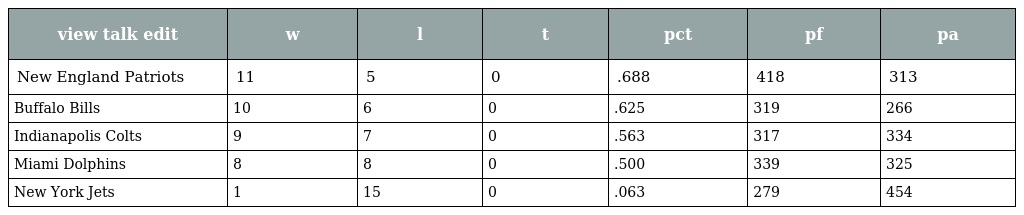
| view talk edit | w | l | t | pct | pf | pa |
 | --- | --- | --- | --- | --- | --- | --- |
 | New England Patriots | 11 | 5 | 0 | .688 | 418 | 313 |
 | Buffalo Bills | 10 | 6 | 0 | .625 | 319 | 266 |
 | Indianapolis Colts | 9 | 7 | 0 | .563 | 317 | 334 |
 | Miami Dolphins | 8 | 8 | 0 | .500 | 339 | 325 |
 | New York Jets | 1 | 15 | 0 | .063 | 279 | 454 |